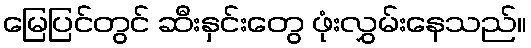
မြေပြင်တွင် ဆီးနှင်းတွေ ဖုံးလွှမ်းနေသည်။